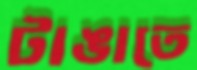
টাঙাতে